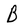
Character: B